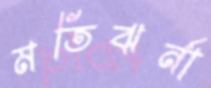
মতিঝর্না